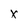
Character: X